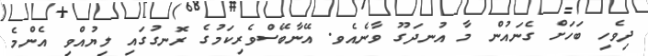
ދިވެހި ބަހަށް ގެނައުން މާ އުނދަގޫ ވާނެއެވ. އޭނާބޭސްވެރިކަމުގެ ރޮނގުގައި ލިޔުއްވި އެންމެ